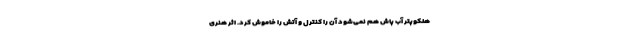
هلکوپتر آب پاش هم نمی‌شود آن را کنترل و آتش را خاموش کرد. اثر هنری